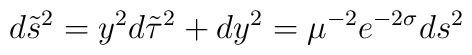
d\tilde{s}^2=y^2d\tilde{\tau}^2+dy^2=\mu^{-2}e^{-2\sigma}ds^2